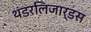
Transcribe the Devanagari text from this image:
थंडरलिजार्डस